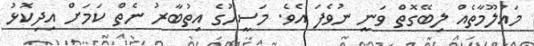
މައުލޫމާތެއް ލިބޭގޮތް ވަނީ ނުވެފަ އެވެ. މަސީހުގެ އިތުބާރު ނެތް ކަމަށް އިދިކޮޅު